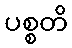
ပစ္စတိ